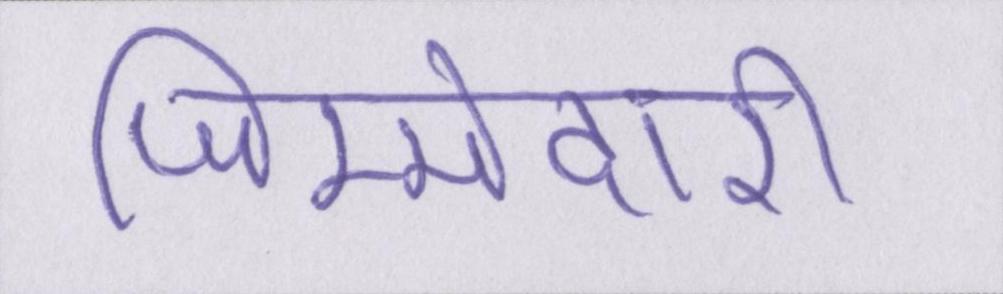
जिम्मेदारी